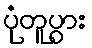
ပုံတူပွား